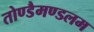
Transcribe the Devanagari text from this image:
तोण्डैमण्डलम